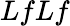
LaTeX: LfLf